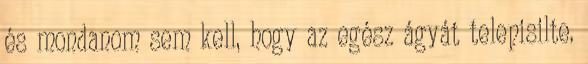
és mondanom sem kell, hogy az egész ágyát telepisilte.